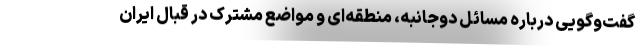
گفت‌وگویی درباره مسائل دوجانبه، منطقه‌ای و مواضع مشترک در قبال ایران